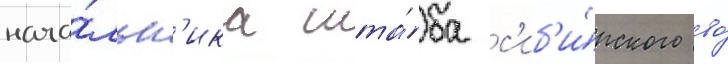
нача́льн'ика шта́ба с'иб'и́рского во́